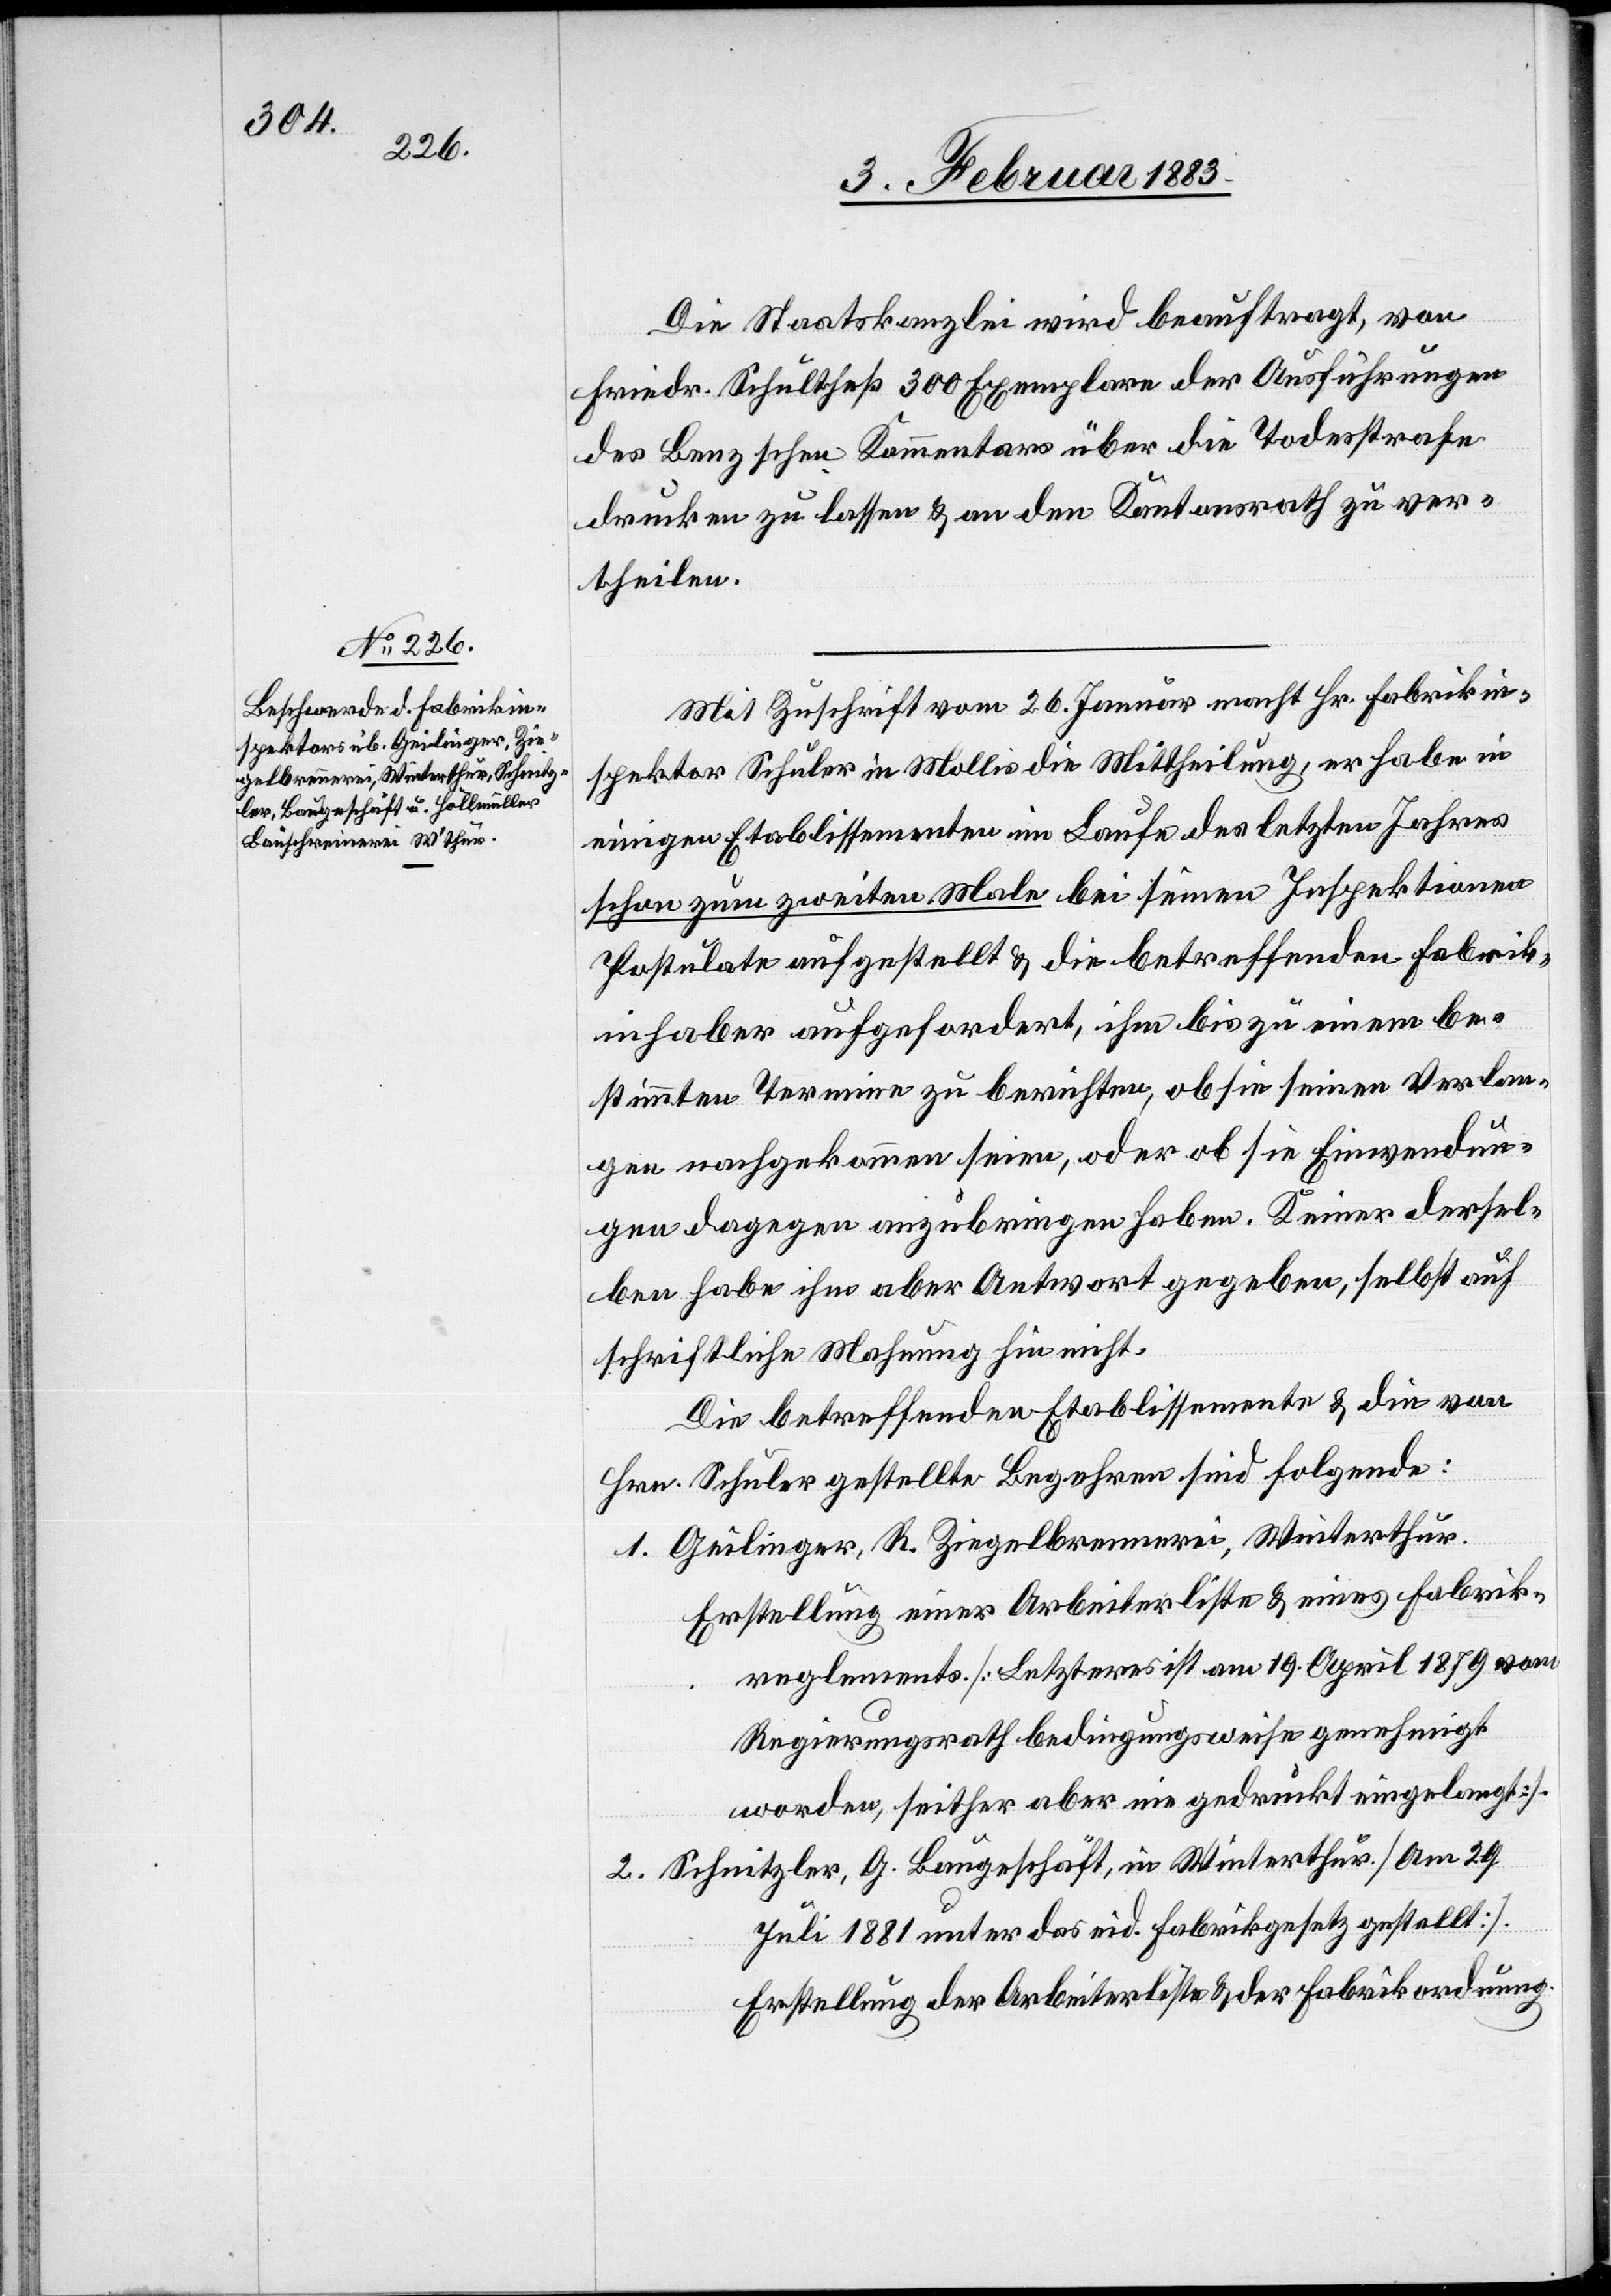
Die Staatskanzlei wird beauftragt, von
Friedr. Schultheß 300 Exemplare der Ausführungen
des Benzschen Kommentars über die Todesstrafe
drucken zu lassen & an den Kantonsrath zu ver¬
theilen.
Mit Zuschrift vom 26. Januar macht Hr. Fabrikin¬
spektor Schuler in Mollis die Mittheilung, er habe in
einigen Etablissementen im Laufe des letzten Jahres
schon zum zweiten Male bei seinen Inspektionen
Postulate aufgestellt & die betreffenden Fabrik¬
inhaber aufgefordert, ihm bis zu einem be¬
stimmten Termine zu berichten, ob sie seinen Verlan¬
gen nachgekommen seien, oder ob sie Einwendun¬
gen dagegen anzubringen haben. Keiner dersel¬
ben habe ihm aber Antwort gegeben, selbst auf
schriftliche Mahnung hin nicht.
Die betreffenden Etablissemente & die von
Hrn. Schuler gestellte[n] Begehren sind folgende:
1. Geilinger, R. Ziegelbrennerei, Winterthur.
Erstellung einer Arbeiterliste & eines Fabrik¬
reglements [Letzteres ist am 19. August 1879 vom
Regierungsrath bedingungsweise genehmigt
worden, seither aber nie gedruckt eingelangt].
2. Schnitzler, G. Baugeschäft, in Winterthur. [Am 29.
Juli 1881 unter das eid. Fabrikgesetz gestellt].
Erstellung der Arbeiterliste & der Fabrikordnung.